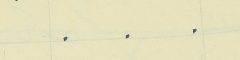
.    .    .